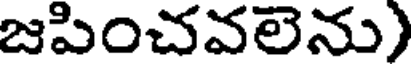
జపించవలెను)